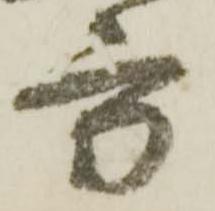
方